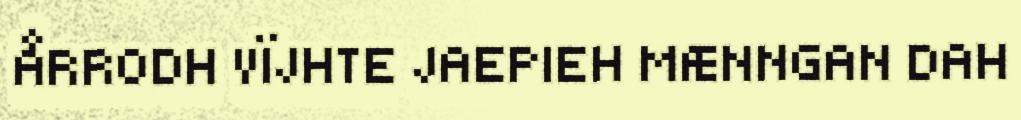
ÅRRODH VÏJHTE JAEPIEH MÆNNGAN DAH